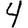
Digit: 4